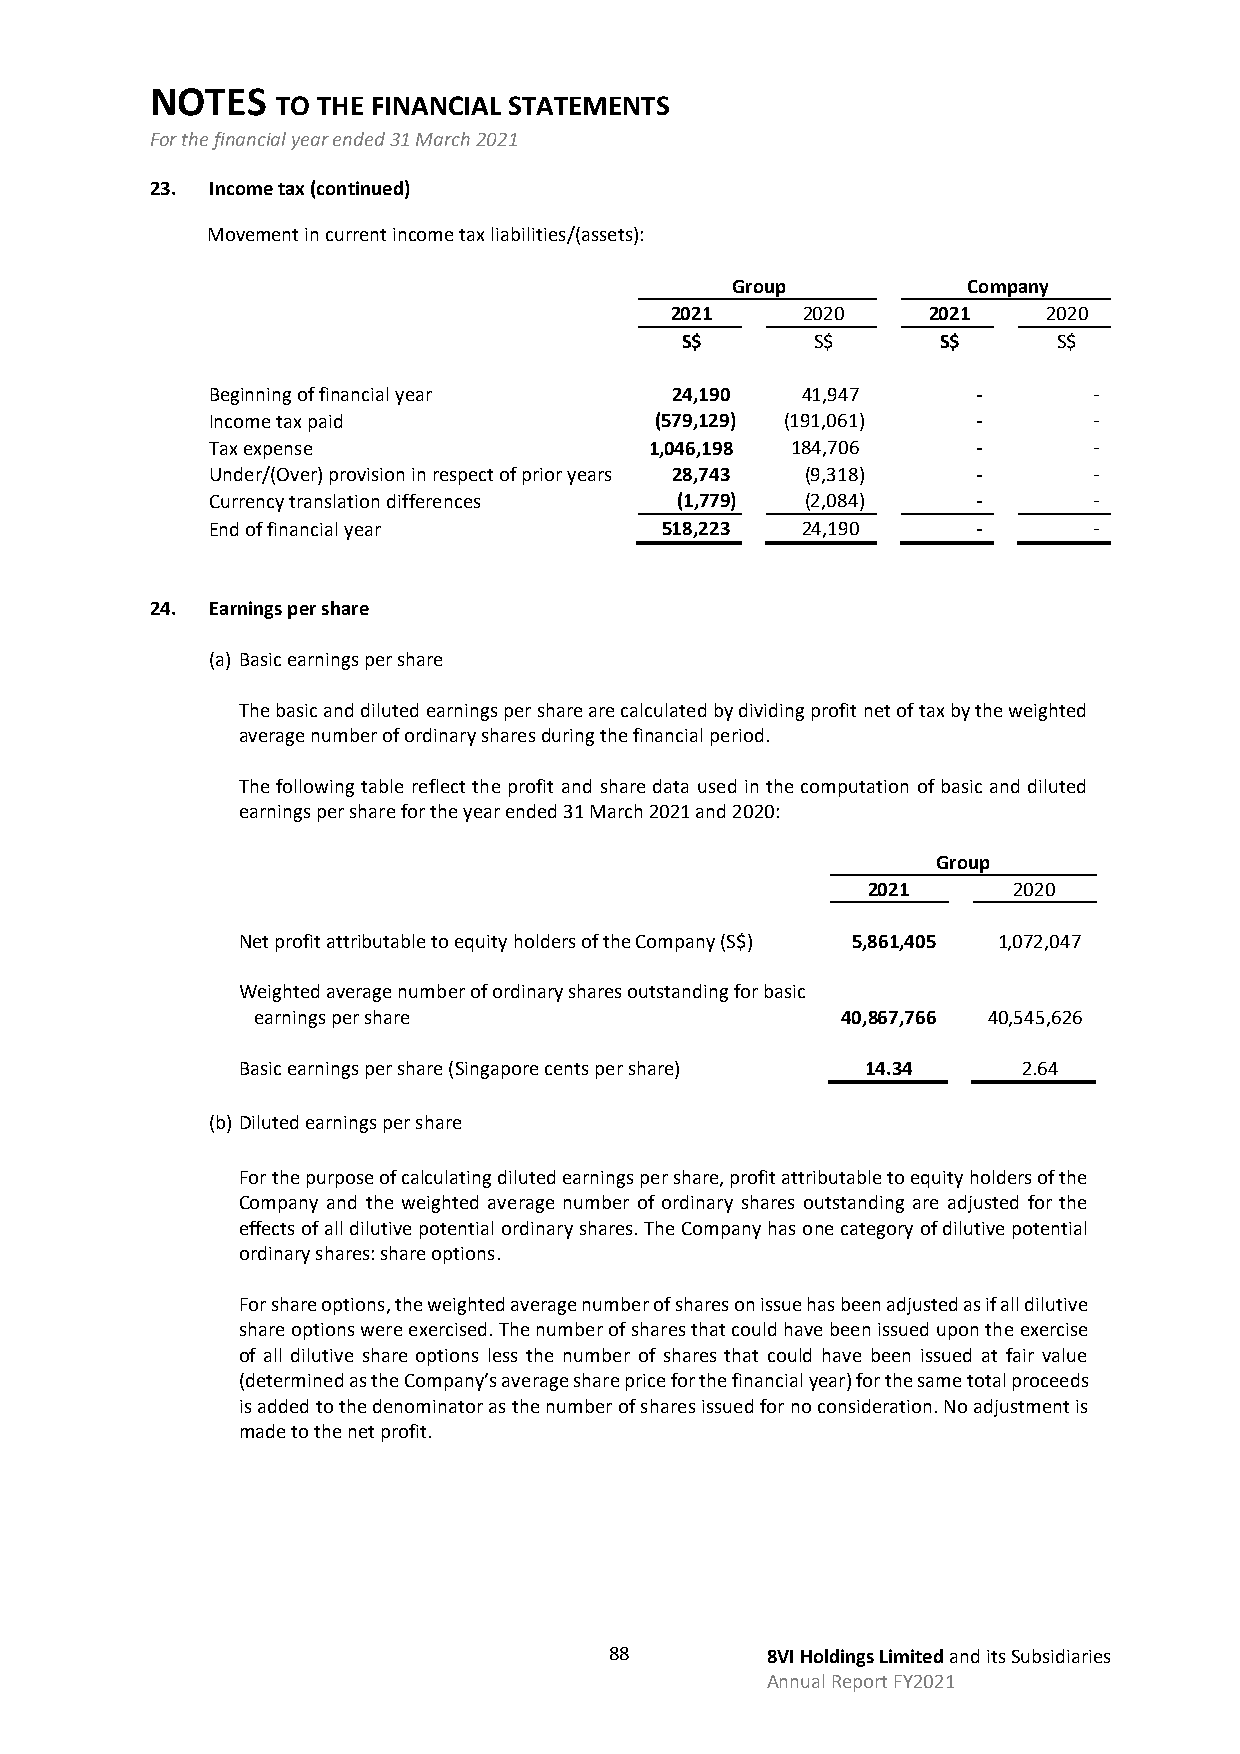
NOTES
 TO THE FINANCIAL STATEMENTS
 For the financial year ended 31 March 2021
 23. Income tax (continued)
 Movement in current income tax liabilities/(assets):
 Group           Company
 2021     2020    2021    2020
 S$       S$      S$      S$
 Beginning of financial year   24,190   41,947      -      -
 Income tax paid              (579,129) (191,061)   -      -
 Tax expense                  1,046,198 184,706     -      -
 Under/(Over) provision in respect of prior years 28,743 (9,318) - -
 Currency translation differences (1,779) (2,084)   -      -
 End of financial year         518,223  24,190      -      -
 24. Earnings per share
 (a) Basic earnings per share
 The basic and diluted earnings per share are calculated by dividing profit net of tax by the weighted
 average number of ordinary shares during the financial period.
 The following table reflect the profit and share data used in the computation of basic and diluted
 earnings per share for the year ended 31 March 2021 and 2020:
 Group
 2021      2020
 Net profit attributable to equity holders of the Company (S$) 5,861,405 1,072,047
 Weighted average number of ordinary shares outstanding for basic
 earnings per share                     40,867,766 40,545,626
 Basic earnings per share (Singapore cents per share) 14.34 2.64
 (b) Diluted earnings per share
 For the purpose of calculating diluted earnings per share, profit attributable to equity holders of the
 Company and the weighted average number of ordinary shares outstanding are adjusted for the
 effects of all dilutive potential ordinary shares. The Company has one category of dilutive potential
 ordinary shares: share options.
 For share options, the weighted average number of shares on issue has been adjusted as if all dilutive
 share options were exercised. The number of shares that could have been issued upon the exercise
 of all dilutive share options less the number of shares that could have been issued at fair value
 (determined as the Company’s average share price for the financial year) for the same total proceeds
 is added to the denominator as the number of shares issued for no consideration. No adjustment is
 made to the net profit.
 88         8VI Holdings Limited and its Subsidiaries
 Annual Report FY2021